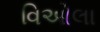
વિઓલા